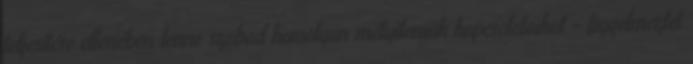
teljesítése ellenében lenne szabad komolyan mélyíteniük kapcsolataikat – figyelmeztet